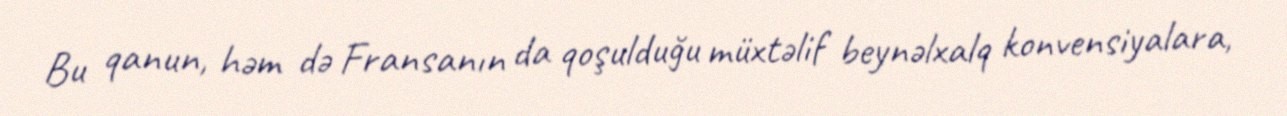
Bu qanun, həm də Fransanın da qoşulduğu müxtəlif beynəlxalq konvensiyalara,